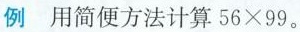
例 用简便方法计算$$5 6 \times 9 9$$。